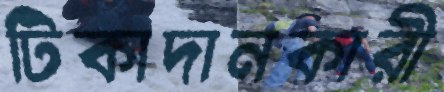
টিকাদানকারী